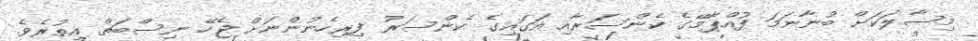
މިސާލަކަށް ބުނާނަމަ ފުއްޕާމޭގެ ކެންސަރާއި އަގައިގެ ކެންސަރު ފިރިހެނުންނަށް ޖެހޭ ނިސްބަތް އިތުރެވެ.